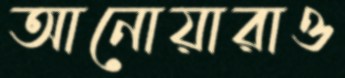
আনোয়ারাও